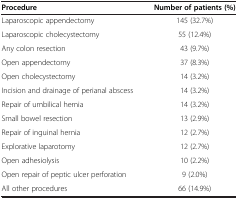
<table><thead><tr><td><b>Procedure</b></td><td><b>Number of patients (%)</b></td></tr></thead><tbody><tr><td>Laparoscopic appendectomy</td><td>145 (32.7%)</td></tr><tr><td>Laparoscopic cholecystectomy</td><td>55 (12.4%)</td></tr><tr><td>Any colon resection</td><td>43 (9.7%)</td></tr><tr><td>Open appendectomy</td><td>37 (8.3%)</td></tr><tr><td>Open cholecystectomy</td><td>14 (3.2%)</td></tr><tr><td>Incision and drainage of perianal abscess</td><td>14 (3.2%)</td></tr><tr><td>Repair of umbilical hernia</td><td>14 (3.2%)</td></tr><tr><td>Small bowel resection</td><td>13 (2.9%)</td></tr><tr><td>Repair of inguinal hernia</td><td>12 (2.7%)</td></tr><tr><td>Explorative laparotomy</td><td>12 (2.7%)</td></tr><tr><td>Open adhesiolysis</td><td>10 (2.2%)</td></tr><tr><td>Open repair of peptic ulcer perforation</td><td>9 (2.0%)</td></tr><tr><td>All other procedures</td><td>66 (14.9%)</td></tr></tbody></table>